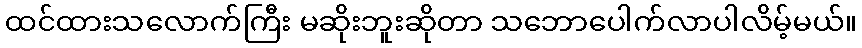
ထင်ထားသလောက်ကြီး မဆိုးဘူးဆိုတာ သဘောပေါက်လာပါလိမ့်မယ်။